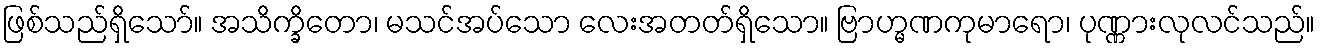
ဖြစ်သည်ရှိသော်။ အသိက္ခိတော၊ မသင်အပ်သော လေးအတတ်ရှိသော။ ဗြာဟ္မဏကုမာရော၊ ပုဏ္ဏားလုလင်သည်။